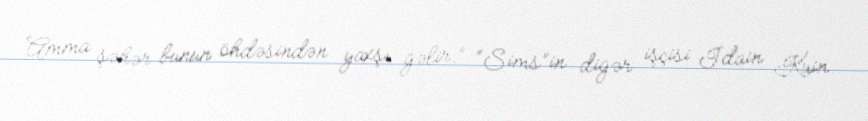
Amma şəhər bunun öhdəsindən yaxşı gəlir.” “Sims”in digər işçisi İdain Kuin: